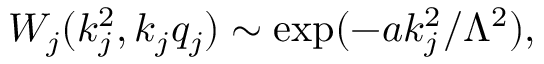
W _ { j } ( k _ { j } ^ { 2 } , k _ { j } q _ { j } ) \sim \exp ( - a k _ { j } ^ { 2 } / \Lambda ^ { 2 } ) ,